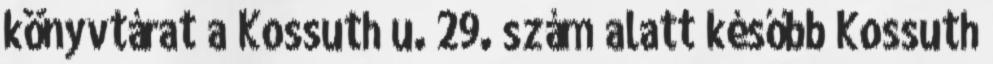
könyvtárat a Kossuth u. 29. szám alatt később Kossuth